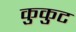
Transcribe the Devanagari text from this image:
कुकुट